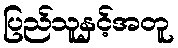
ပြည်သူနှင့်အတူ